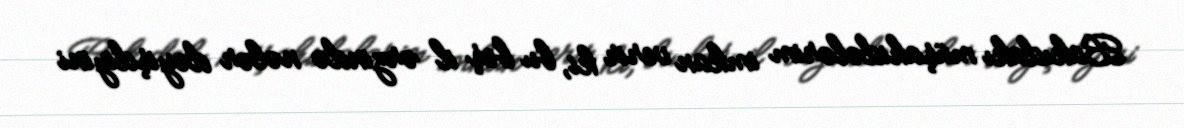
Bakıdakı müşahidələrim imkan verir ki, bu beş il ərzində nələr dəyişdiyini